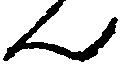
ん